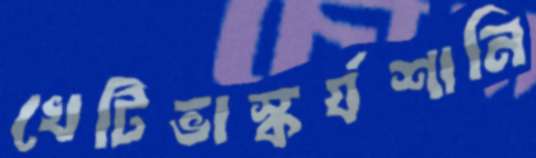
খেটিভাস্কর্যশানি